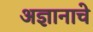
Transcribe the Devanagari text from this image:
अज्ञानाचे